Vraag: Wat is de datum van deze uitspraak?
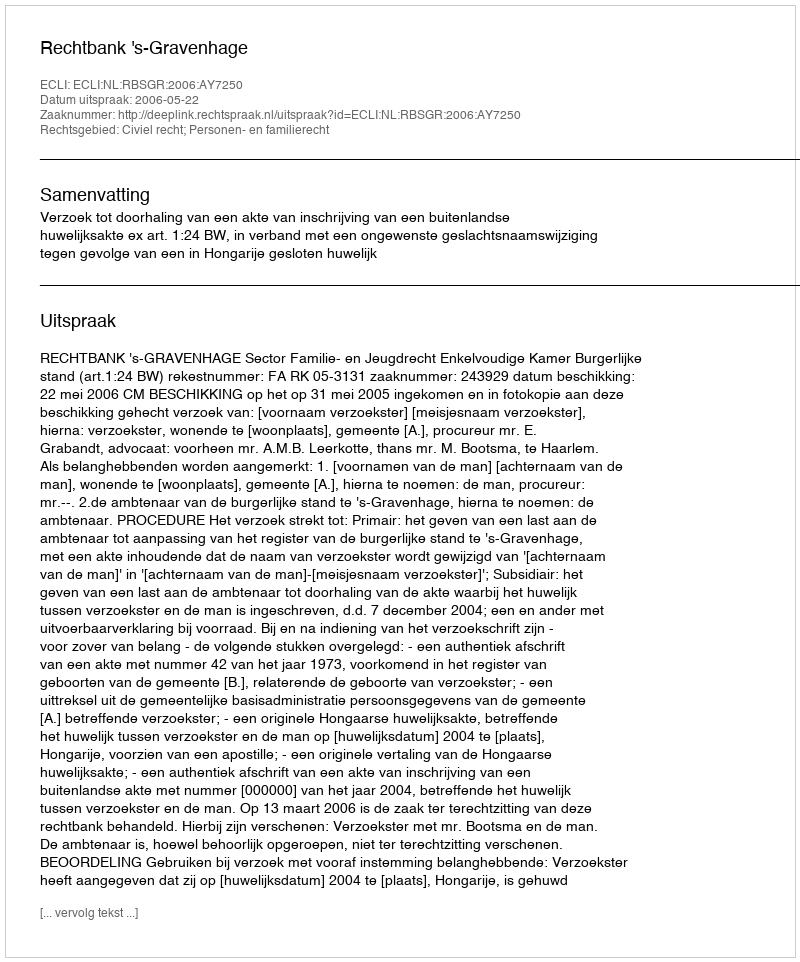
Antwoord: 2006-05-22